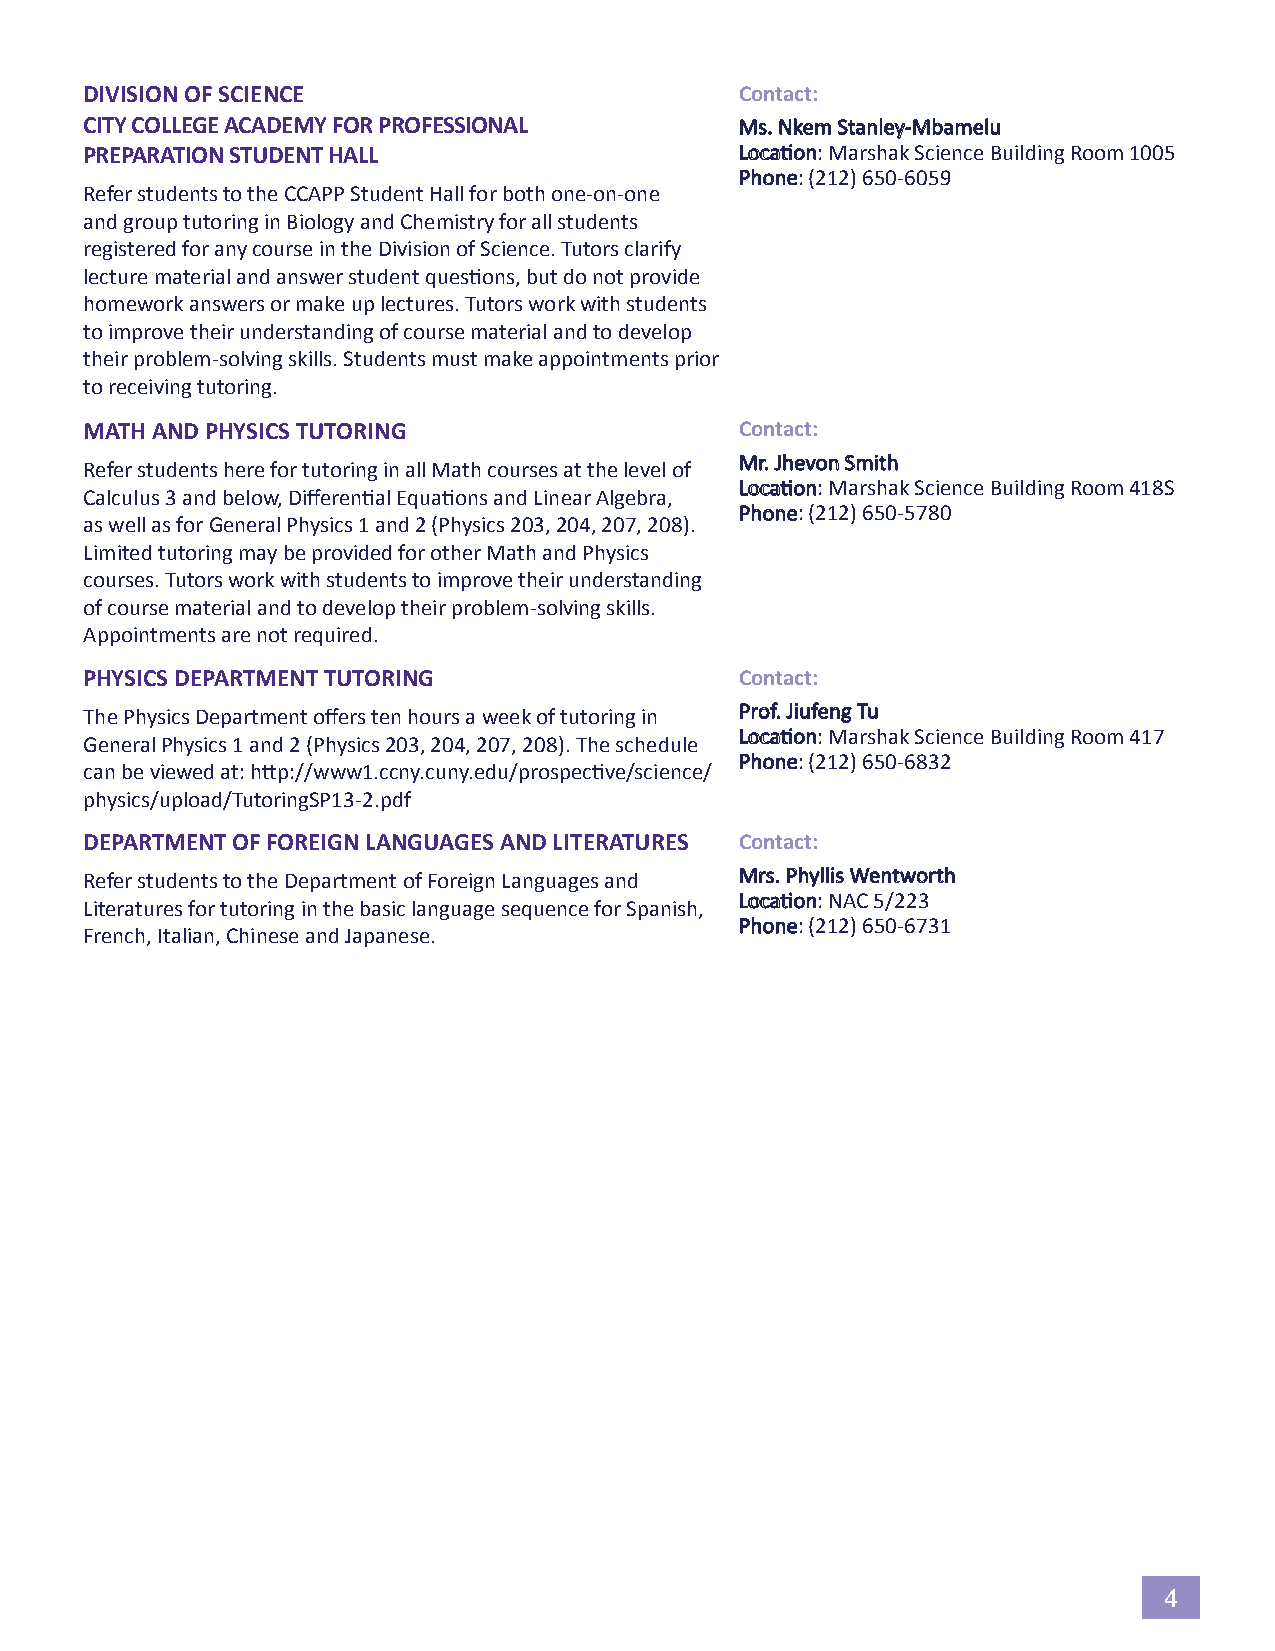
DIVISION OF SCIENCE                        Contact:
 CITY COLLEGE ACADEMY FOR PROFESSIONAL      Ms. Nkem Stanley-Mbamelu
 PREPARATION STUDENT HALL                   Location: Marshak Science Building Room 1005
 Phone: (212) 650-6059
 Refer students to the CCAPP Student Hall for both one-on-one
 and group tutoring in Biology and Chemistry for all students
 registered for any course in the Division of Science. Tutors clarify
 lecture material and answer student questions, but do not provide
 homework answers or make up lectures. Tutors work with students
 to improve their understanding of course material and to develop
 their problem-solving skills. Students must make appointments prior
 to receiving tutoring.
 MATH AND PHYSICS TUTORING                  Contact:
 Mr. Jhevon Smith
 Refer students here for tutoring in all Math courses at the level of
 Location: Marshak Science Building Room 418S
 Calculus 3 and below, Differential Equations and Linear Algebra,
 Phone: (212) 650-5780
 as well as for General Physics 1 and 2 (Physics 203, 204, 207, 208).
 Limited tutoring may be provided for other Math and Physics
 courses. Tutors work with students to improve their understanding
 of course material and to develop their problem-solving skills.
 Appointments are not required.
 PHYSICS DEPARTMENT TUTORING                Contact:
 The Physics Department offers ten hours a week of tutoring in Prof. Jiufeng Tu
 Location: Marshak Science Building Room 417
 General Physics 1 and 2 (Physics 203, 204, 207, 208). The schedule
 Phone: (212) 650-6832
 can be viewed at: http://www1.ccny.cuny.edu/prospective/science/
 physics/upload/TutoringSP13-2.pdf
 DEPARTMENT OF FOREIGN LANGUAGES AND LITERATURES Contact:
 Refer students to the Department of Foreign Languages and Mrs. Phyllis Wentworth
 Location: NAC 5/223
 Literatures for tutoring in the basic language sequence for Spanish,
 Phone: (212) 650-6731
 French, Italian, Chinese and Japanese.
 4